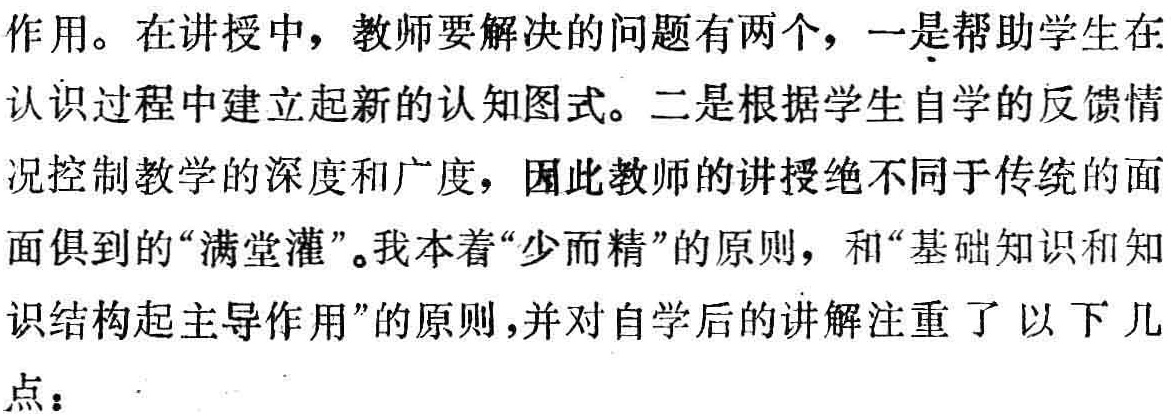
作用。在讲授中，教师要解决的问题有两个，一是帮助学生在
认识过程中建立起新的认知图式。二是根据学生自学的反馈情
况控制教学的深度和广度，因此教师的讲授绝不同于传统的面
面俱到的“满堂灌”。我本着“少而精”的原则，和“基础知识和知
识结构起主导作用”的原则，并对自学后的讲解注重了以下几
点：